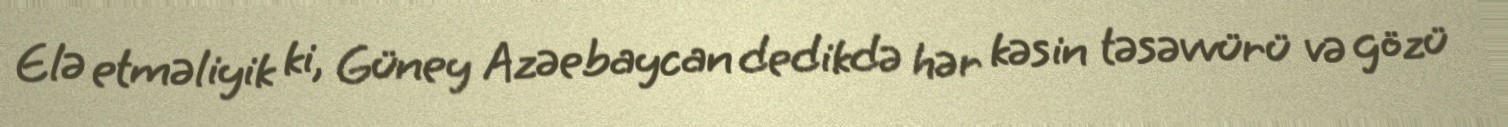
Elə etməliyik ki, Güney Azəebaycan dedikdə hər kəsin təsəvvürü və gözü